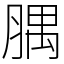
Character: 腢